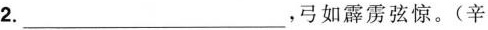
2.___，弓如霹雳弦惊。(辛